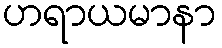
ဟရာယမာနာ